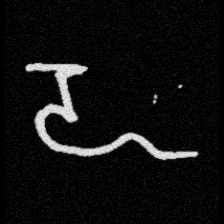
Pyu character \u2014 Myanmar letter: ဍ (romanized: dda)